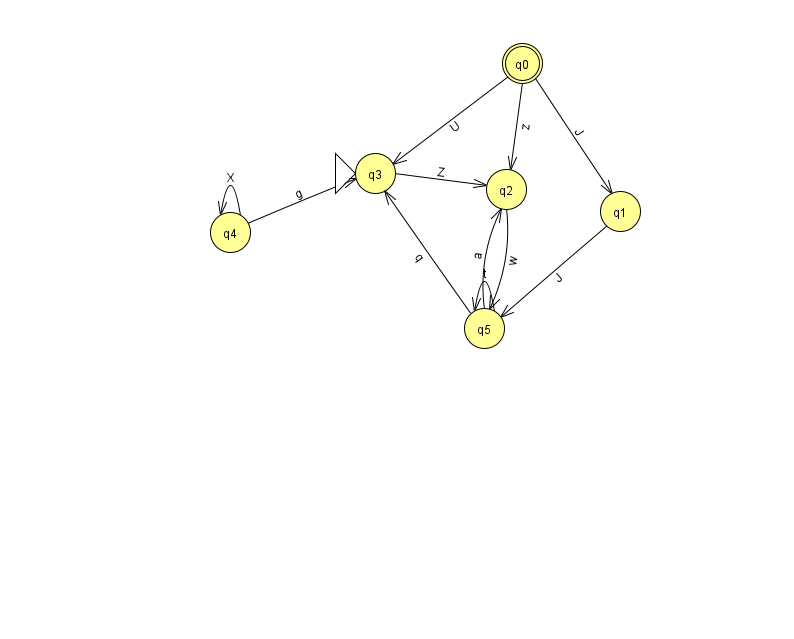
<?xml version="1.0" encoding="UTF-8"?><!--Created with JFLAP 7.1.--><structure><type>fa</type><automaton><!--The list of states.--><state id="0" name="q0"><x>522.0</x><y>50.0</y><final/></state><state id="1" name="q1"><x>620.0</x><y>198.0</y></state><state id="2" name="q2"><x>506.0</x><y>176.0</y></state><state id="3" name="q3"><x>375.0</x><y>160.0</y><initial/></state><state id="4" name="q4"><x>230.0</x><y>219.0</y></state><state id="5" name="q5"><x>484.0</x><y>315.0</y></state><!--The list of transitions.--><transition><from>0</from><to>3</to><read>U</read></transition><transition><from>5</from><to>2</to><read>a</read></transition><transition><from>5</from><to>3</to><read>q</read></transition><transition><from>1</from><to>5</to><read>J</read></transition><transition><from>0</from><to>1</to><read>J</read></transition><transition><from>2</from><to>5</to><read>w</read></transition><transition><from>5</from><to>5</to><read>t</read></transition><transition><from>4</from><to>3</to><read>g</read></transition><transition><from>4</from><to>4</to><read>X</read></transition><transition><from>3</from><to>2</to><read>Z</read></transition><transition><from>0</from><to>2</to><read>z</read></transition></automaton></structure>